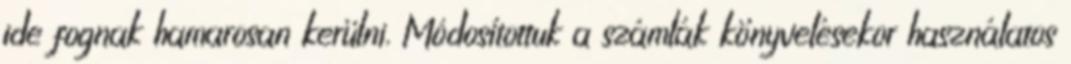
ide fognak hamarosan kerülni. Módosítottuk a számlák könyvelésekor használatos